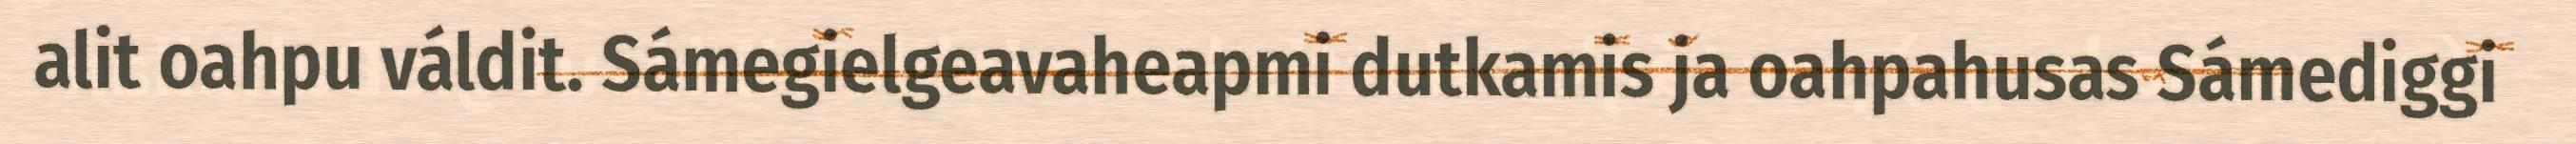
alit oahpu váldit. Sámegielgeavaheapmi dutkamis ja oahpahusas Sámediggi